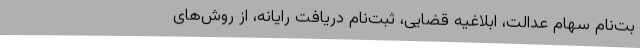
بت‌نام سهام عدالت، ابلاغیه‌ قضایی،‌ ثبت‌نام دریافت رایانه، از روش‌های